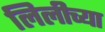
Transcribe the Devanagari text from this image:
लिलीच्या